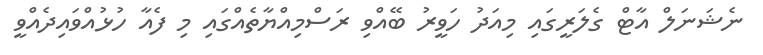
ނެޝަނަލް އާޓް ގެލަރީގައި މިއަދު ހަވީރު ބޭއްވި ރަސްމިއްޔާތެއްގައި މި ފެއާ ހުޅުއްވައިދެއްވީ